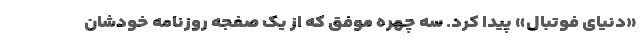
«دنیای فوتبال» پیدا کرد. سه چهره موفق که از یک صفجه روزنامه خودشان